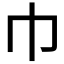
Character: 巾